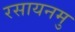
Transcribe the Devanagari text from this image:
रसायनमु